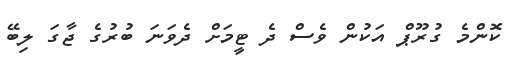
ކޮންމެ ގުރޫޕް އަކުން ވެސް ދެ ޓީމަށް ދެވަނަ ބުރުގެ ޖާގަ ލިބޭ